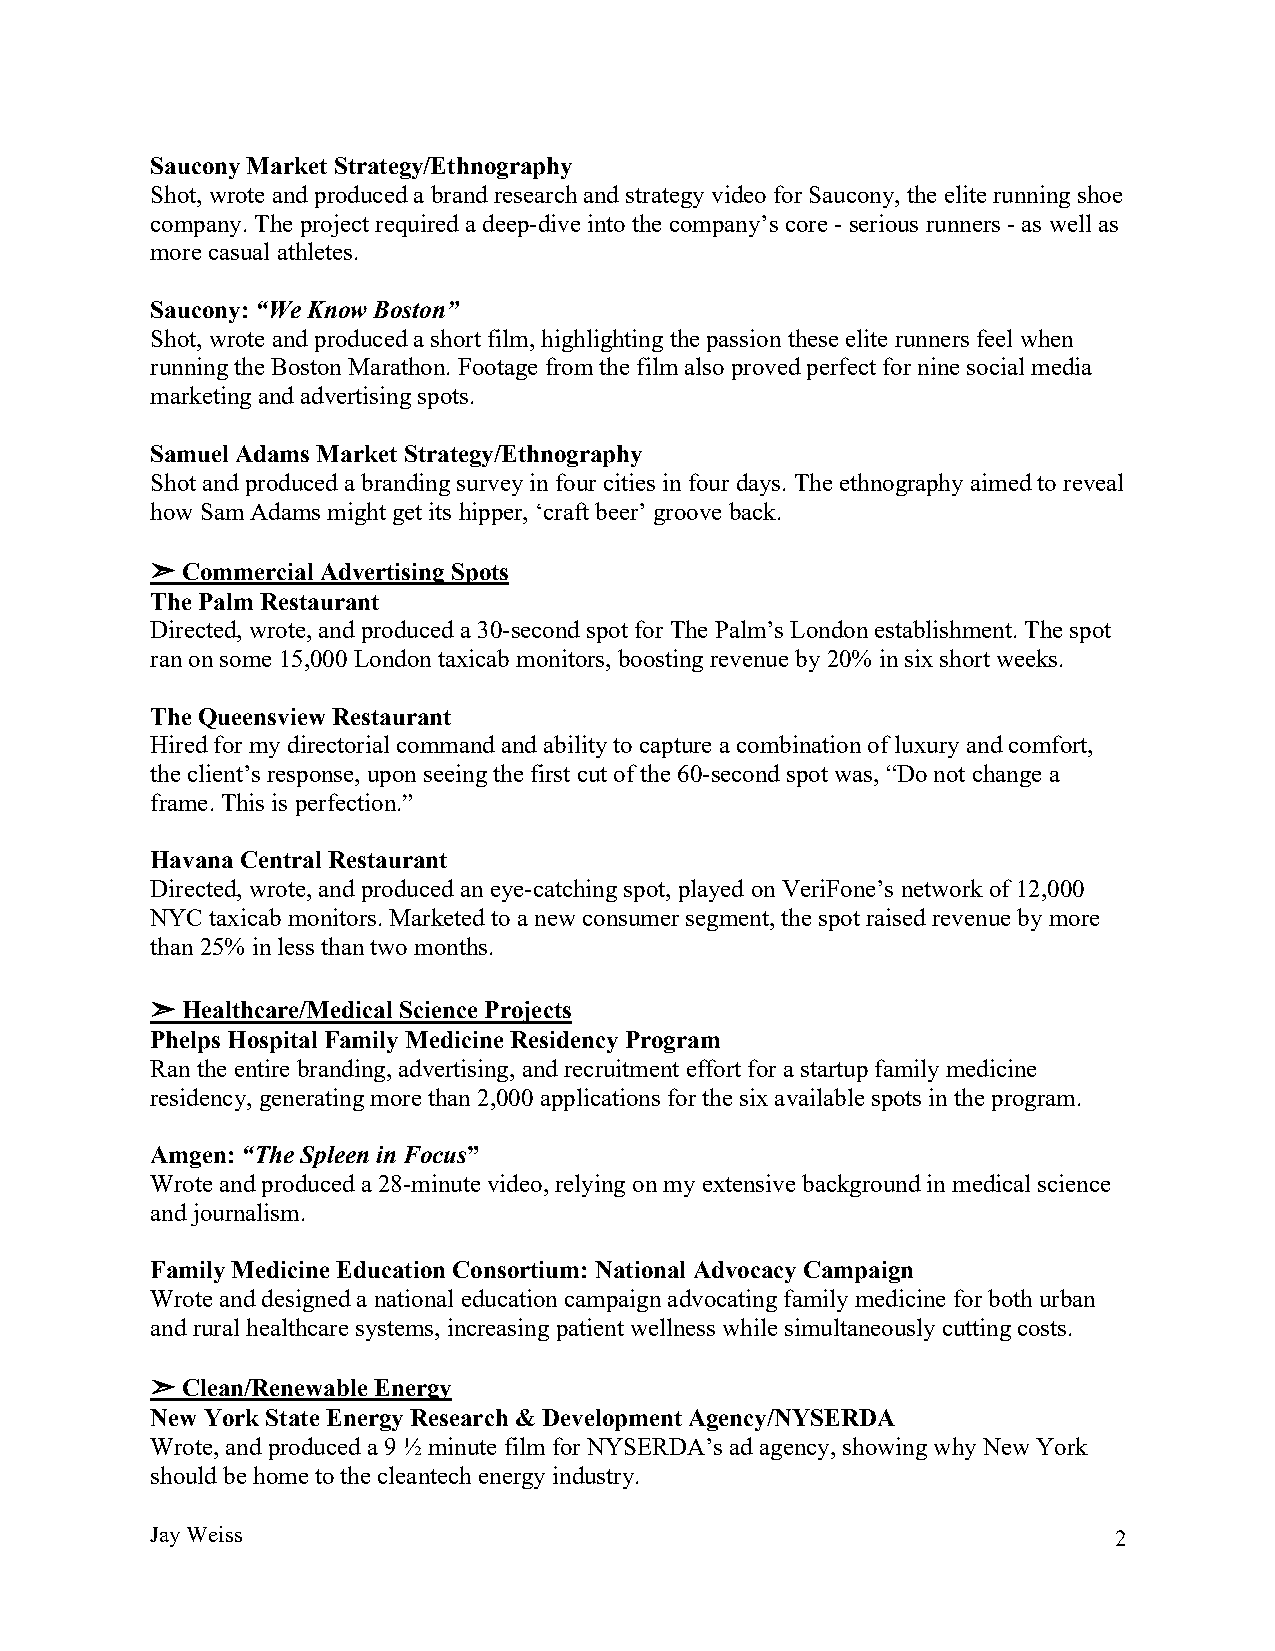
Saucony Market Strategy/Ethnography
 Shot, wrote and produced a brand research and strategy video for Saucony, the elite running shoe
 company. The project required a deep-dive into the company’s core - serious runners - as well as
 more casual athletes.
 Saucony: “We Know Boston”
 Shot, wrote and produced a short film, highlighting the passion these elite runners feel when
 running the Boston Marathon. Footage from the film also proved perfect for nine social media
 marketing and advertising spots.
 Samuel Adams Market Strategy/Ethnography
 Shot and produced a branding survey in four cities in four days. The ethnography aimed to reveal
 how Sam Adams might get its hipper, ‘craft beer’ groove back.
 ➣ Commercial Advertising Spots
 The Palm Restaurant
 Directed, wrote, and produced a 30-second spot for The Palm’s London establishment. The spot
 ran on some 15,000 London taxicab monitors, boosting revenue by 20% in six short weeks.
 The Queensview Restaurant
 Hired for my directorial command and ability to capture a combination of luxury and comfort,
 the client’s response, upon seeing the first cut of the 60-second spot was, “Do not change a
 frame. This is perfection.”
 Havana Central Restaurant
 Directed, wrote, and produced an eye-catching spot, played on VeriFone’s network of 12,000
 NYC taxicab monitors. Marketed to a new consumer segment, the spot raised revenue by more
 than 25% in less than two months.
 ➣ Healthcare/Medical Science Projects
 Phelps Hospital Family Medicine Residency Program
 Ran the entire branding, advertising, and recruitment effort for a startup family medicine
 residency, generating more than 2,000 applications for the six available spots in the program.
 Amgen: “The Spleen in Focus”
 Wrote and produced a 28-minute video, relying on my extensive background in medical science
 and journalism.
 Family Medicine Education Consortium: National Advocacy Campaign
 Wrote and designed a national education campaign advocating family medicine for both urban
 and rural healthcare systems, increasing patient wellness while simultaneously cutting costs.
 ➣ Clean/Renewable Energy
 New York State Energy Research & Development Agency/NYSERDA
 Wrote, and produced a 9 ½ minute film for NYSERDA’s ad agency, showing why New York
 should be home to the cleantech energy industry.
 Jay Weiss                                                       2